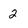
Character: 2